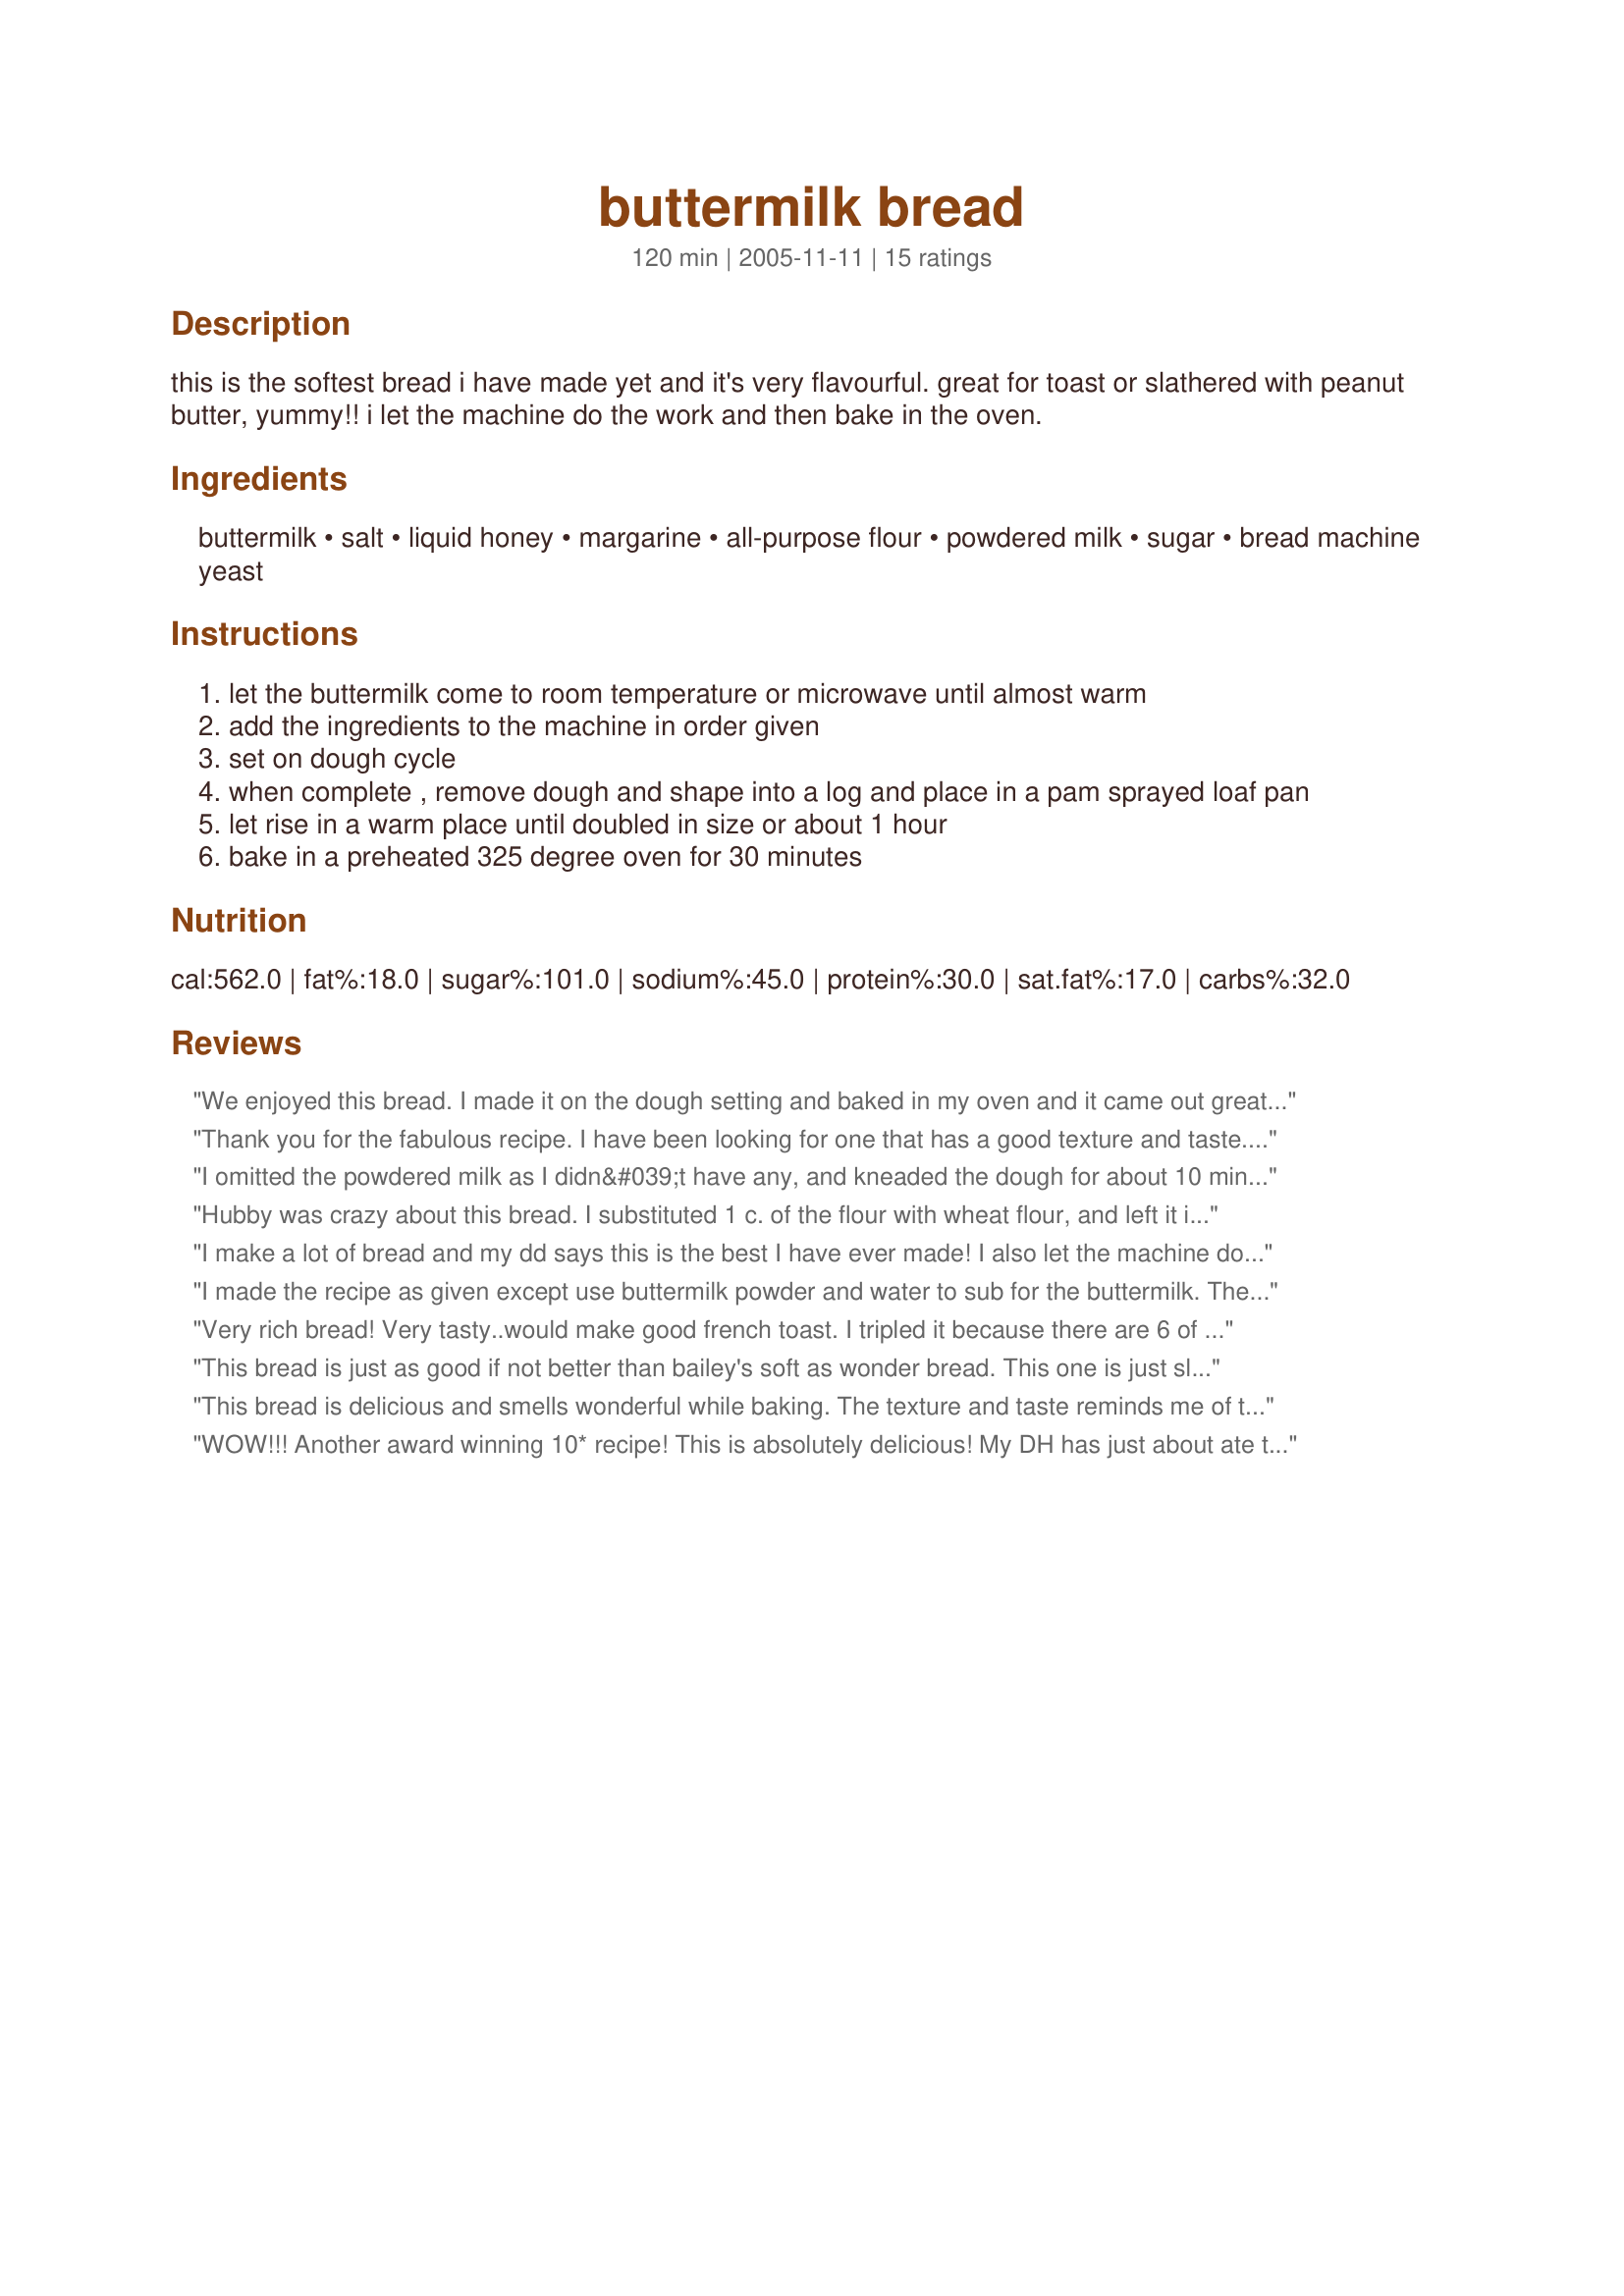
buttermilk bread
Preparation time: 120 minutes

this is the softest bread i have made yet and it's very flavourful. great for toast or slathered with peanut butter, yummy!! i let the machine do the work and then bake in the oven.

Ingredients:
buttermilk, salt, liquid honey, margarine, all-purpose flour, powdered milk, sugar, bread machine yeast

Steps:
let the buttermilk come to room temperature or microwave until almost warm
add the ingredients to the machine in order given
set on dough cycle
when complete , remove dough and shape into a log and place in a pam sprayed loaf pan
let rise in a warm place until doubled in size or about 1 hour
bake in a preheated 325 degree oven for 30 minutes

Reviews:
We enjoyed this bread. I made it on the dough setting and baked in my oven and it came out great except that the dough is very sticky. Next time, I'll watch it and add more flour to make it less sticky. Thanks for posting!
Thank you for the fabulous recipe. I have been looking for one that has a good texture and taste. I definitely will make this often.
I omitted the powdered milk as I didn&#039;t have any, and kneaded the dough for about 10 minutes in my stand mixer. I had to add about 5 minutes of bake time, probably because of my oven. This bread is soft, light, and easy to slice. It got rave reviews from my family. Thanks for sharing this recipe!
 Hubby was crazy about this bread. I substituted 1 c. of the flour with wheat flour, and left it in the bread machine to bake. Was great!
I make a lot of bread and my dd says this is the best I have ever made! I also let the machine do all the work. Thanks for a very quick and lovely bread.
I made the recipe as given except use buttermilk powder and water to sub for the buttermilk. The dough was easy to handle after rising in the ABM. It only took 30 mins on the 2nd rise to double in size. Baked 30 mins... and it's just perfect. Beautiful loaf w/ great flavor. Soft and tender. Definitely will be making this again!
Very rich bread! Very tasty..would make good french toast. I tripled it because there are 6 of us and one loaf just doesn't cut it. I mixed it in my bosch and it made two extra large loaves and on regular. The key is to allow this plenty of rise time.
This bread is just as good if not better than bailey's soft as wonder bread. This one is just slightly richer with the addition of the buttermilk. I used half regular flour and half bread flour, it mixed well in the machine and rose way over the pan on the stove. Had to make a second loaf just to have extra! Thanks for a super recipes!
This bread is delicious and smells wonderful while baking. The texture and taste reminds me of the little loaves of bread they used to sell at Astroworld when I was a kid. I loved that bread! I've made this twice now. The first time I followed the directions and baked it in the oven, but my oven is very old and about to die and it didn't get done in the center although the top was very brown. This was NOT the fault of the recipe, just my old, dying oven. I then made it again and baked it in my bread machine on the white bread cycle. It turned out wonderful! Thank you bailey46 for a great recipe!
WOW!!! Another award winning 10* recipe!
This is absolutely delicious! My DH has just about ate the whole loaf by hisself. 
I did make two changes and those were.. I used 1/4 slim milk in place of the dry milk and I used bread flour in place of all purpose (which I hear is about the same) I also warmed both the buttermilk and milk in the microwave so it would activate the yeast better when working the dough in the machine. This is another regular bread in our house as your soft As Wonder" White Bread Recipe #154576 is too. 
I was told never to buy a loaf of bread in the store ever again!!! LOL
Thank you so much Bailey for your wonderful recipes.
Oh wow, fantastic bread! I think I might have added too much honey, since it came out a tad sweet (too our liking of course). I let the whole thing run in my bread machine (I think 1.5lb loaf will do). Thanks a lot, I WILL be making this again!
Made as directed and should have checked the dough before letting the bread maker carry on. It needed additional flour, as is the dough was more like that for batter bread. Had great flavor and I will make again with additional flour. Thanks for sharing the recipe!
Loved the texture and the flavour of this loaf..a nice amount of sweetness for us, great recipe.
You promised to make more. I'm still craving your bread.

You have a breadmaker now, so it saves time. No more excuses.
this bread is so soft, airy and delicious...thanks for the recipe!
